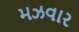
મઝવાર